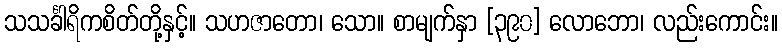
သသင်္ခါရိကစိတ်တို့နှင့်။ သဟဇာတော၊ သော။ စာမျက်နှာ [၃၉၀] လောဘော၊ လည်းကောင်း။